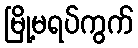
မြို့မရပ်ကွက်